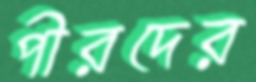
পীরদের